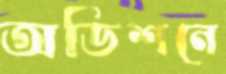
অডিশনে